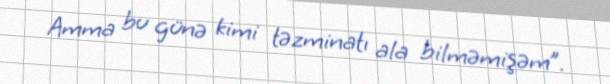
Amma bu günə kimi təzminatı ala bilməmişəm”.